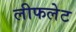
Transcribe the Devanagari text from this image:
लीफलेट